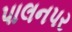
પાલનપર